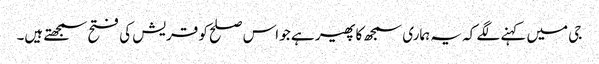
جی میں کہنے لگے کہ یہ ہماری سمجھ کا پھیر ہے جو اس صلح کو قریش کی فتح سمجھتے ہیں۔